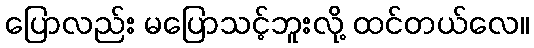
ပြောလည်း မပြောသင့်ဘူးလို့ ထင်တယ်လေ။